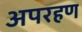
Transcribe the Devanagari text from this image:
अपरहण